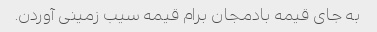
به جای قیمه بادمجان برام قیمه سیب زمینی آوردن.